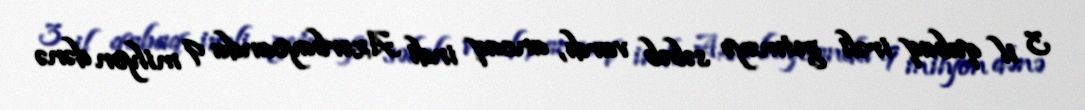
3 il qabaq irəli getməyə səbəb vardı, ancaq indi Azərbaycanda 9 milyon dənə